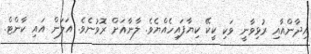
އިދާންއާއި ރުޅިވާނީ ވަކި ކީކޭ ކިޔާފައިހެއްޔެވެ. ލާނާއަށް ރޮވުނެވެ. އަލަން އައި ކާންޓް.